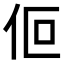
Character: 𬽯